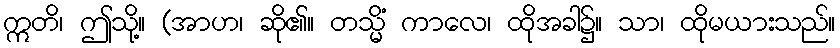
ဣတိ၊ ဤသို့။ (အာဟ၊ ဆို၏။ တသ္မိံ ကာလေ၊ ထိုအခါ၌။ သာ၊ ထိုမယားသည်။